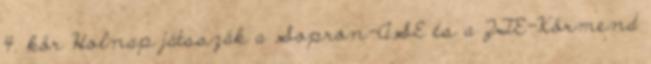
4. kör Holnap játsszák a Sopron-ASE és a ZTE-Körmend